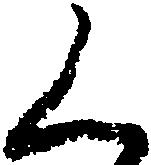
く